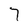
Character: 7